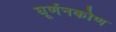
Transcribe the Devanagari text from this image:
घूर्णनकोण